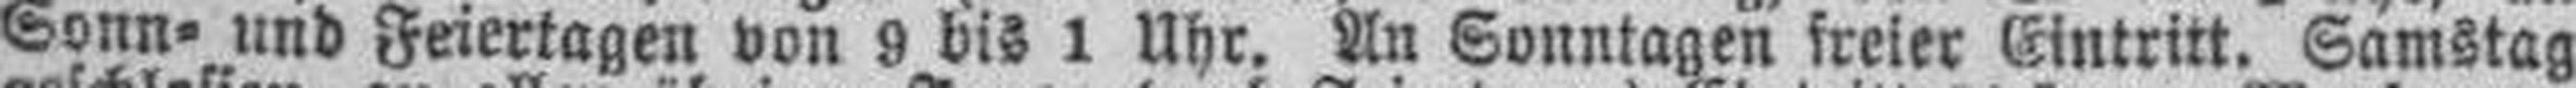
Sonn= und Feiertagen von 9 bis 1 Uhr. An Sonntagen freier Eintritt. Samstag